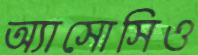
অ্যাসোসিও